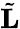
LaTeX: \tilde{\mathbf L}